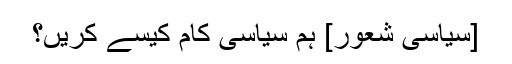
[سیاسی شعور] ہم سیاسی کام کیسے کریں؟